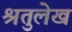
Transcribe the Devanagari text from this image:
श्रतुलेख